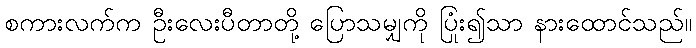
စကားလက်က ဦးလေးပီတာတို့ ပြောသမျှကို ပြုံး၍သာ နားထောင်သည်။